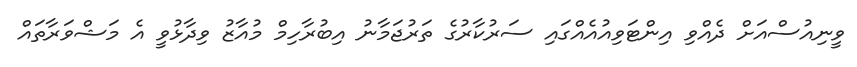
ވީނިއުސްއަށް ދެއްވި އިންޓަވިއުއެއްގައި ސަރުކާރުގެ ތަރުޖަމާނު އިބުރާހިމް މުއާޒު ވިދާޅުވީ އެ މަޝްވަރާތައް